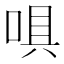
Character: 㖵